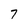
Character: 7